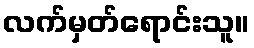
လက်မှတ်ရောင်းသူ။